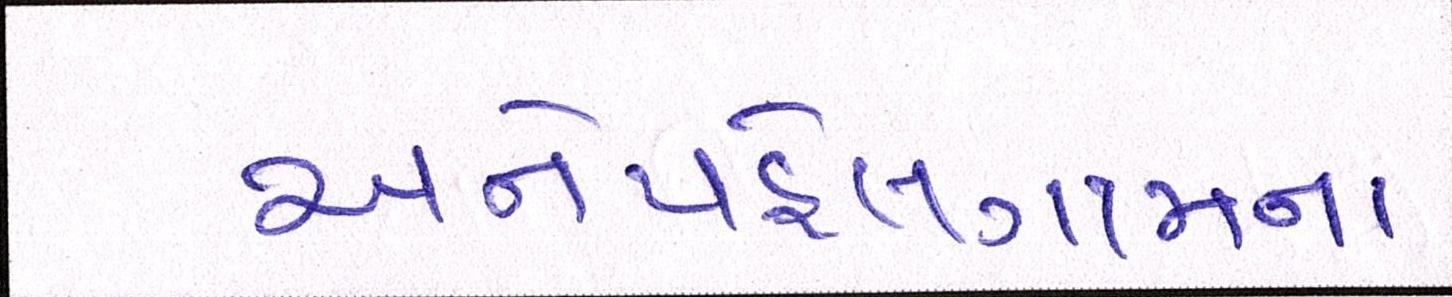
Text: અનેપહેલગામના